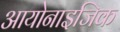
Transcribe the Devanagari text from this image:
आयोनाइजिक